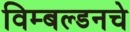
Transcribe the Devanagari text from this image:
विम्बल्डनचे